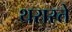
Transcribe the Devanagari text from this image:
थरारते